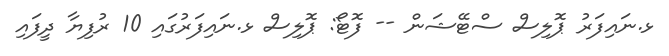
ޅ.ނައިފަރު ޕޮލިސް ސްޓޭޝަން -- ފޮޓޯ: ޕޮލިސް ޅ.ނައިފަރުގައި 10 ރުފިޔާ ދީފައި